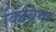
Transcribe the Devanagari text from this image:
किब्रिया